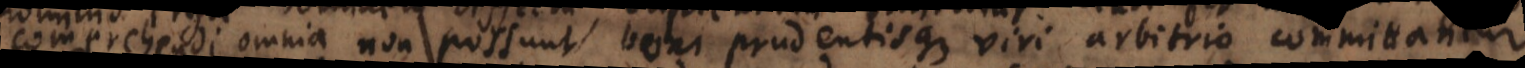
comprehendi omnia non possunt boni prudentisque viri arbitrio committantur